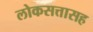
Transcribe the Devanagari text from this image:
लोकसत्तासह